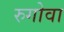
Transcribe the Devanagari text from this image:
रुगोवा